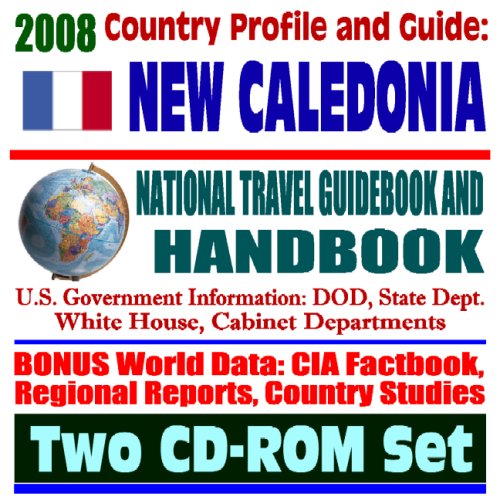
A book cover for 2008 Country Profile and Guide to New Caledonia- National Travel Guidebook and Handbook - French Polynesia, Melanesia, Grand Terre, World War II (Two CD-ROM Set); U.S. Government; Travel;